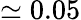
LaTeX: \simeq 0.05